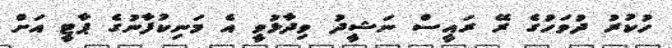
ހުކުރު ދުވަހުގެ ރޭ ރައީސް ނަޝީދު ވިދާޅުވީ އެ މަނިކުފާނުގެ ޕާޓީ އަށް